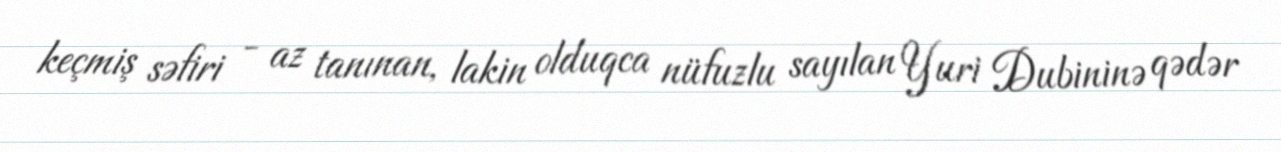
keçmiş səfiri - az tanınan, lakin olduqca nüfuzlu sayılan Yuri Dubininə qədər